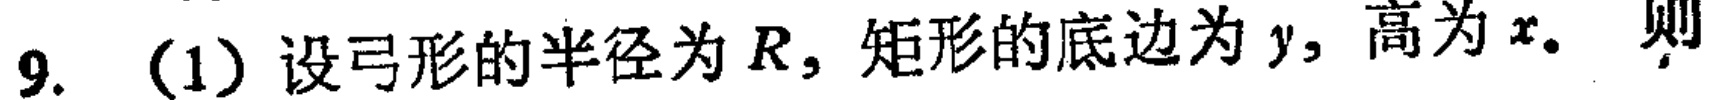
9. (1) 设弓形的半径为 \(R\)，矩形的底边为 \(y\)，高为 \(x\)。则